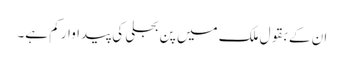
ان کے بقول ملک میں پن بجلی کی پیداوار کم ہے۔